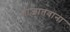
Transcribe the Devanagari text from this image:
ताजातवाना